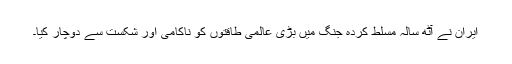
ایران نے آٹھ سالہ مسلط کردہ جنگ میں بڑی عالمی طاقتوں کو ناکامی اور شکست سے دوچار کیا۔